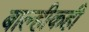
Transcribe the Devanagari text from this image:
बाल्हीकही